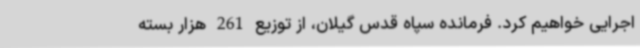
اجرایی خواهیم کرد. فرمانده سپاه قدس گیلان، از توزیع 261 هزار بسته